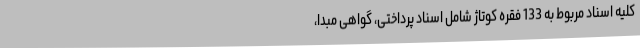
کلیه اسناد مربوط به 133 فقره کوتاژ شامل اسناد پرداختی، گواهی مبدا،